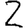
Digit: 2